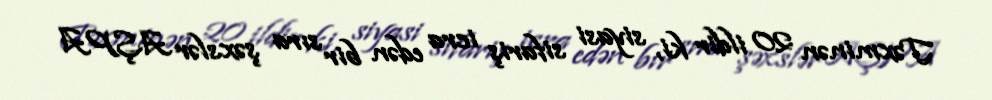
Təxminən 20 ildir ki, siyasi sifariş icra edən bir sıra şəxslər AŞPA